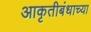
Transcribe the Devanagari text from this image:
आकृतीबंधाच्या